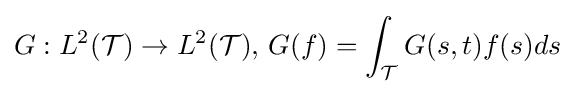
G:L^{2}({\mathcal {T}})\rightarrow L^{2}({\mathcal {T}}),\,G(f)=\int _{\mathcal {T}}G(s,t)f(s)ds